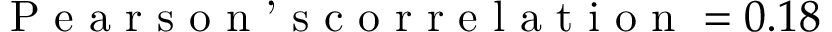
\textrm { P e a r s o n ’ s c o r r e l a t i o n } = 0 . 1 8